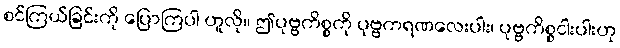
စင်ကြယ်ခြင်းကို ပြောကြပါ ဟူလို။ ဤပုဗ္ဗကိစ္စကို ပုဗ္ဗကရဏလေးပါး၊ ပုဗ္ဗကိစ္စငါးပါးဟု